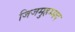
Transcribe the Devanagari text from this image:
जिजमुहम्मद